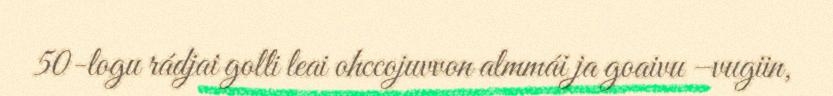
50-logu rádjai golli leai ohccojuvvon almmái ja goaivu –vugiin,